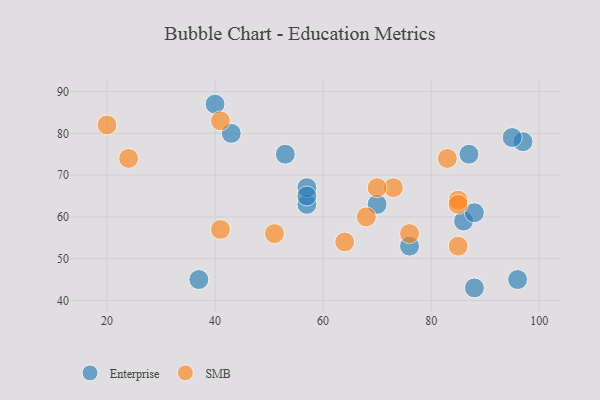
{"axis": {"x": "GDP", "y": "Life Expectancy"}, "legend": ["Enterprise", "SMB"], "data": [{"x": "57", "y": 63, "type": "Enterprise"}, {"x": "76", "y": 53, "type": "Enterprise"}, {"x": "57", "y": 67, "type": "Enterprise"}, {"x": "87", "y": 75, "type": "Enterprise"}, {"x": "86", "y": 59, "type": "Enterprise"}, {"x": "43", "y": 80, "type": "Enterprise"}, {"x": "40", "y": 87, "type": "Enterprise"}, {"x": "97", "y": 78, "type": "Enterprise"}, {"x": "70", "y": 63, "type": "Enterprise"}, {"x": "37", "y": 45, "type": "Enterprise"}, {"x": "53", "y": 75, "type": "Enterprise"}, {"x": "57", "y": 65, "type": "Enterprise"}, {"x": "88", "y": 43, "type": "Enterprise"}, {"x": "95", "y": 79, "type": "Enterprise"}, {"x": "96", "y": 45, "type": "Enterprise"}, {"x": "88", "y": 61, "type": "Enterprise"}, {"x": "73", "y": 67, "type": "SMB"}, {"x": "68", "y": 60, "type": "SMB"}, {"x": "20", "y": 82, "type": "SMB"}, {"x": "85", "y": 64, "type": "SMB"}, {"x": "51", "y": 56, "type": "SMB"}, {"x": "76", "y": 56, "type": "SMB"}, {"x": "85", "y": 63, "type": "SMB"}, {"x": "64", "y": 54, "type": "SMB"}, {"x": "41", "y": 57, "type": "SMB"}, {"x": "41", "y": 83, "type": "SMB"}, {"x": "24", "y": 74, "type": "SMB"}, {"x": "70", "y": 67, "type": "SMB"}, {"x": "85", "y": 53, "type": "SMB"}, {"x": "83", "y": 74, "type": "SMB"}]}